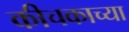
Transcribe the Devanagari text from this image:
कीचकाच्या